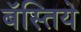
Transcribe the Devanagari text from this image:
बॅस्तिये